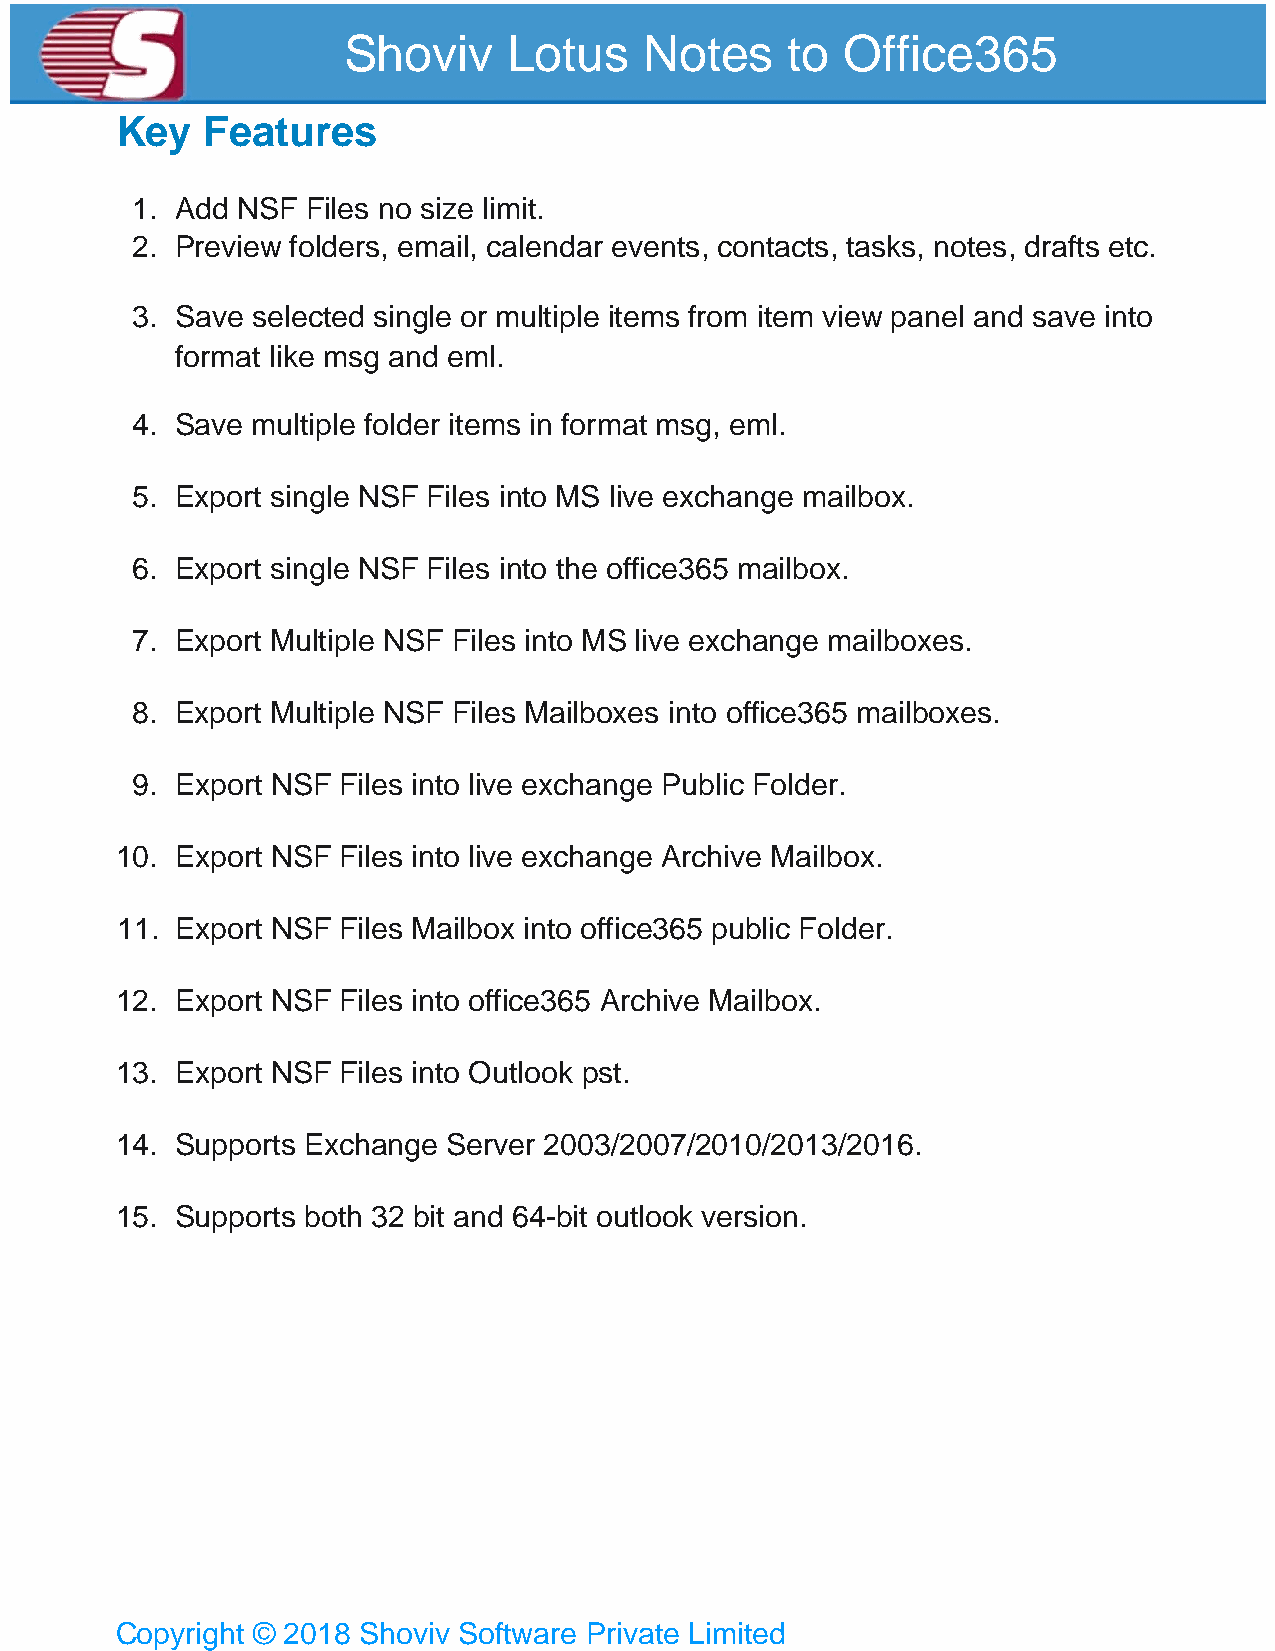
Shoviv     Lotus    Notes    to  Office365
 Key  Features
 1. Add NSF Files no size limit.
 2. Preview folders, email, calendar events, contacts, tasks, notes, drafts etc.
 3. Save selected single or multiple items from item view panel and save into
 format like msg and eml.
 4. Save multiple folder items in format msg, eml.
 5. Export single NSF Files into MS live exchange mailbox.
 6. Export single NSF Files into the office365 mailbox.
 7. Export Multiple NSF Files into MS live exchange mailboxes.
 8. Export Multiple NSF Files Mailboxes into office365 mailboxes.
 9. Export NSF Files into live exchange Public Folder.
 10. Export NSF Files into live exchange Archive Mailbox.
 11. Export NSF Files Mailbox into office365 public Folder.
 12. Export NSF Files into office365 Archive Mailbox.
 13. Export NSF Files into Outlook pst.
 14. Supports Exchange Server 2003/2007/2010/2013/2016.
 15. Supports both 32 bit and 64-bit outlook version.
 Copyright © 2018 Shoviv Software Private Limited